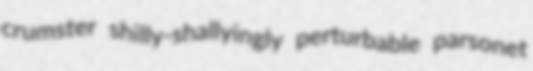
crumster shilly-shallyingly perturbable parsonet